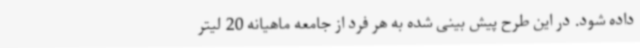
داده شود. در این طرح پیش بینی شده به هر فرد از جامعه ماهیانه 20 لیتر